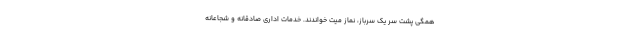
همگی پشت سر یک سرباز، نماز میت خواندند. خدمات اداری صادقانه و شجاعانه